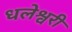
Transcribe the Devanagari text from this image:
धलेश्वरी